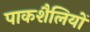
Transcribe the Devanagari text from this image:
पाकशैलियों